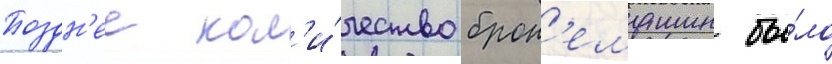
Поздн'ее кол'и́чество брон'емашин бы́ло